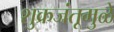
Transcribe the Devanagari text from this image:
शुक्रजंतूमुळे